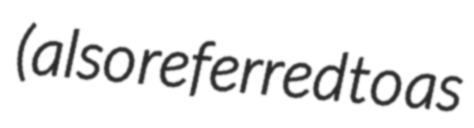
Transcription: (also referred to as